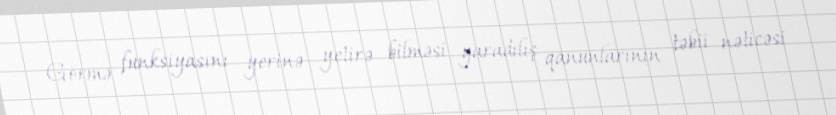
Görmə funksiyasını yerinə yetirə bilməsi yaradılış qanunlarının təbii nəticəsi